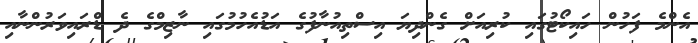
އެންމެ ފަހުން ހައިކޯޓުގައި ކުރިއަށް ގެންދިޔަ އިސްތިއުނާފުގެ އަޑުއެހުމުގައި ނާޒިމްގެ ދެ ޑްރައިވަރުންނާއި